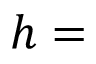
h =